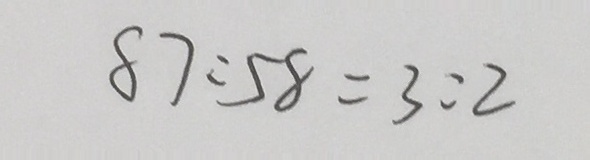
8 7 : 5 8 = 3 : 2